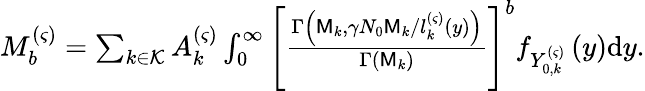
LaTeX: \begin{array}{r}{M_{b}^{\left(\varsigma\right)}=\sum_{k\in\mathcal{K}}{A_{k}^{\left(\varsigma\right)}\int_{0}^{\infty}{\left[\frac{\Gamma\left(\mathsf{M}_{k},\gamma N_{0}\mathsf{M}_{k}/l_{k}^{\left(\varsigma\right)}\left(y\right)\right)}{\Gamma\left(\mathsf{M}_{k}\right)}\right]^{b}f_{Y_{0,k}^{\left(\varsigma\right)}}\left(y\right)\mathrm{d}y}}.}\end{array}